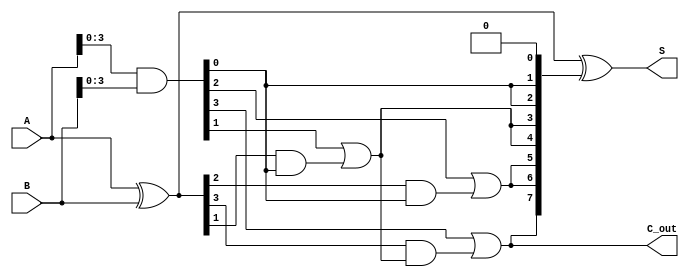
module brent_kung_adder #(parameter N = 8) (
    input  wire [N-1:0] A,      // First input
    input  wire [N-1:0] B,      // Second input
    output wire [N-1:0] S,      // Sum output
    output wire C_out           // Carry out
);

    // Generate and Propagate signals
    wire [N-1:0] G; // Generate signals
    wire [N-1:0] P; // Propagate signals
    wire [N:0] C;   // Carry signals

    // Generate and Propagate calculations
    assign G = A & B;         // Generate
    assign P = A ^ B;         // Propagate

    // Carry signal initialization
    assign C[0] = 1'b0;       // Initial carry input is 0

    // Stage 1
    genvar i;
    generate
        for (i = 0; i < N/2; i = i + 1) begin : stage1
            assign C[2*i + 1] = G[i] | (P[i] & C[i]);
            assign C[2*i + 2] = G[i] | (P[i] & C[i]);
        end
    endgenerate

    // Stage 2
    generate
        for (i = 0; i < N/4; i = i + 1) begin : stage2
            assign C[4*i + 3] = G[2*i + 1] | (P[2*i + 1] & C[2*i + 1]);
            assign C[4*i + 4] = G[2*i + 1] | (P[2*i + 1] & C[2*i + 1]);
        end
    endgenerate

    // Stage 3
    generate
        for (i = 0; i < N/8; i = i + 1) begin : stage3
            assign C[8*i + 7] = G[4*i + 3] | (P[4*i + 3] & C[4*i + 3]);
            assign C[8*i + 8] = G[4*i + 3] | (P[4*i + 3] & C[4*i + 3]);
        end
    endgenerate

    // Final carry out
    assign C_out = C[N];

    // Sum calculation
    assign S = P ^ C[N-1:0]; // Sum bits

endmodule